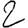
Digit: 2